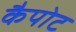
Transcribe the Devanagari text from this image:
कैपोट